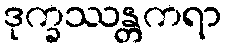
ဒုက္ခဿန္တကရာ